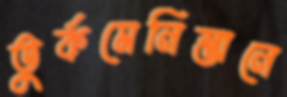
তুর্কমেনিস্তানে